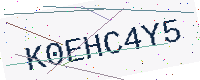
Text: K0EHC4Y5